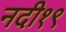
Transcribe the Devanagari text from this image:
नदी१९